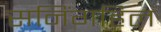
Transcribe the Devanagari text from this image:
सनिंगहिल